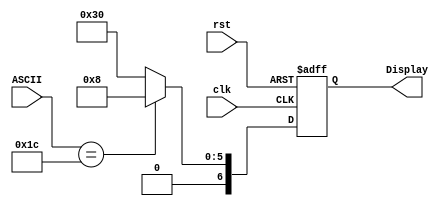
`timescale 1ns / 1ps
//////////////////////////////////////////////////////////////////////////////////
// Company: 
// Engineer: 
// 
// Design Name: 
// Module Name:    ASCII_to_7Seg 
// Project Name: 
// Target Devices: 
// Tool versions: 
// Description: 
//
// Dependencies: 
//
// Revision: 
// Revision 0.01 - File Created
// Additional Comments: 
//
//////////////////////////////////////////////////////////////////////////////////
module ASCII_to_7Seg(		// Just a test
	clk,
	rst,
	ASCII,
	Display);
	
	input clk, rst;
	input [7:0] ASCII;
	output [6:0] Display;
	
	reg [6:0] Display;
	
	always @ (posedge clk or posedge rst) begin
		if (rst) begin
			Display <= 7'b1111110;
		end
		else begin
			if (ASCII == 8'h1C)
				Display <= 7'b0001000;
			else
				Display <= 7'b0110000;
		end
	
	end

endmodule